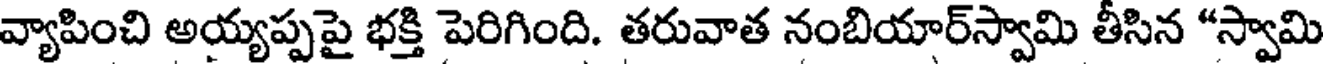
వ్యాపించి అయ్యప్పపై భక్తి పెరిగింది. తరువాత నంబియార్స్వామి తీసిన "స్వామి